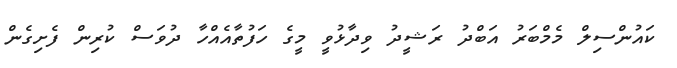
ކައުންސިލް މެމްބަރު އަބްދު ރަޝީދު ވިދާޅުވީ މީގެ ހަފުތާއެއްހާ ދުވަސް ކުރިން ފެށިގެން